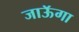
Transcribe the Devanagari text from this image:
जाऊॅगा